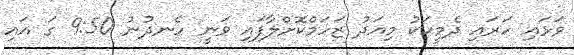
ވަޅައި ހަރައި ދެމީހަކު މިއަދު ޒަހަމްކޮށްލާފައި ވަނީ ހެނދުނު 9:50 ގަ އައި